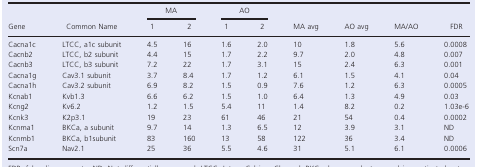
<table><thead><tr><td rowspan="2"><b>Gene</b></td><td rowspan="2"><b>Common Name</b></td><td colspan="2"><b>MA</b></td><td colspan="2"><b>AO</b></td><td rowspan="2"><b>MA avg</b></td><td rowspan="2"><b>AO avg</b></td><td rowspan="2"><b>MA/AO</b></td><td rowspan="2"><b>FDR</b></td></tr><tr><td><b>1</b></td><td><b>2</b></td><td><b>1</b></td><td><b>2</b></td></tr></thead><tbody><tr><td>Cacna1c</td><td>LTCC, a1c subunit</td><td>4.5</td><td>16</td><td>1.6</td><td>2.0</td><td>10</td><td>1.8</td><td>5.6</td><td>0.0008</td></tr><tr><td>Cacnb2</td><td>LTCC, b2 subunit</td><td>4.4</td><td>15</td><td>1.7</td><td>2.2</td><td>9.7</td><td>2.0</td><td>4.8</td><td>0.007</td></tr><tr><td>Cacnb3</td><td>LTCC, b3 subunit</td><td>7.2</td><td>22</td><td>1.7</td><td>3.1</td><td>15</td><td>2.4</td><td>6.3</td><td>0.001</td></tr><tr><td>Cacna1g</td><td>Cav3.1 subunit</td><td>3.7</td><td>8.4</td><td>1.7</td><td>1.2</td><td>6.1</td><td>1.5</td><td>4.1</td><td>0.04</td></tr><tr><td>Cacna1h</td><td>Cav3.2 subunit</td><td>6.9</td><td>8.2</td><td>1.5</td><td>0.9</td><td>7.6</td><td>1.2</td><td>6.3</td><td>0.0005</td></tr><tr><td>Kcnab1</td><td>Kvb1.3</td><td>6.6</td><td>6.2</td><td>1.5</td><td>1.0</td><td>6.4</td><td>1.3</td><td>4.9</td><td>0.03</td></tr><tr><td>Kcng2</td><td>Kv6.2</td><td>1.2</td><td>1.5</td><td>5.4</td><td>11</td><td>1.4</td><td>8.2</td><td>0.2</td><td>1.03e-6</td></tr><tr><td>Kcnk3</td><td>K2p3.1</td><td>19</td><td>23</td><td>61</td><td>46</td><td>21</td><td>54</td><td>0.4</td><td>0.0002</td></tr><tr><td>Kcnma1</td><td>BKCa, a subunit</td><td>9.7</td><td>14</td><td>1.3</td><td>6.5</td><td>12</td><td>3.9</td><td>3.1</td><td>ND</td></tr><tr><td>Kcnmb1</td><td>BKCa, b1subunit</td><td>83</td><td>160</td><td>13</td><td>58</td><td>122</td><td>36</td><td>3.4</td><td>ND</td></tr><tr><td>Scn7a</td><td>Nav2.1</td><td>25</td><td>36</td><td>5.5</td><td>4.6</td><td>31</td><td>5.1</td><td>6.1</td><td>0.0006</td></tr></tbody></table>